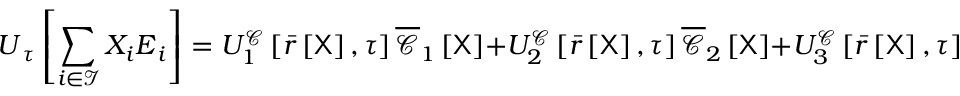
\boldsymbol { U } _ { \u { \tau } } \left[ \sum _ { i \in \mathcal { I } } X _ { i } \boldsymbol { E } _ { i } \right] = U _ { 1 } ^ { \mathcal { C } } \left[ \bar { r } \left[ \mathsf { X } \right] , \tau \right] \overline { { \boldsymbol { \mathscr { C } } } } _ { 1 } \left[ \mathsf { X } \right] + U _ { 2 } ^ { \mathcal { C } } \left[ \bar { r } \left[ \mathsf { X } \right] , \tau \right] \overline { { \boldsymbol { \mathscr { C } } } } _ { 2 } \left[ \mathsf { X } \right] + U _ { 3 } ^ { \mathcal { C } } \left[ \bar { r } \left[ \mathsf { X } \right] , \tau \right] \overline { { \boldsymbol { \mathscr { C } } } } _ { 3 } \left[ \mathsf { X } \right] .